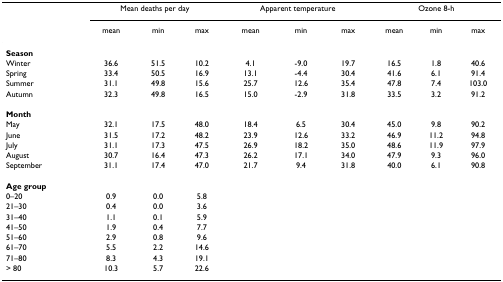
<table><thead><tr><td></td><td colspan="3"><b>Mean deaths per day</b></td><td colspan="3"><b>Apparent temperature</b></td><td colspan="3"><b>Ozone 8-h</b></td></tr><tr><td></td><td><b>mean</b></td><td><b>min</b></td><td><b>max</b></td><td><b>mean</b></td><td><b>min</b></td><td><b>max</b></td><td><b>mean</b></td><td><b>min</b></td><td><b>max</b></td></tr></thead><tbody><tr><td><b>Season</b></td><td></td><td></td><td></td><td></td><td></td><td></td><td></td><td></td><td></td></tr><tr><td>Winter</td><td>36.6</td><td>51.5</td><td>10.2</td><td>4.1</td><td>-9.0</td><td>19.7</td><td>16.5</td><td>1.8</td><td>40.6</td></tr><tr><td>Spring</td><td>33.4</td><td>50.5</td><td>16.9</td><td>13.1</td><td>-4.4</td><td>30.4</td><td>41.6</td><td>6.1</td><td>91.4</td></tr><tr><td>Summer</td><td>31.1</td><td>49.8</td><td>15.6</td><td>25.7</td><td>12.6</td><td>35.4</td><td>47.8</td><td>7.4</td><td>103.0</td></tr><tr><td>Autumn</td><td>32.3</td><td>49.8</td><td>16.5</td><td>15.0</td><td>-2.9</td><td>31.8</td><td>33.5</td><td>3.2</td><td>91.2</td></tr><tr><td><b>Month</b></td><td></td><td></td><td></td><td></td><td></td><td></td><td></td><td></td><td></td></tr><tr><td>May</td><td>32.1</td><td>17.5</td><td>48.0</td><td>18.4</td><td>6.5</td><td>30.4</td><td>45.0</td><td>9.8</td><td>90.2</td></tr><tr><td>June</td><td>31.5</td><td>17.2</td><td>48.2</td><td>23.9</td><td>12.6</td><td>33.2</td><td>46.9</td><td>11.2</td><td>94.8</td></tr><tr><td>July</td><td>31.1</td><td>17.3</td><td>47.5</td><td>26.9</td><td>18.2</td><td>35.0</td><td>48.6</td><td>11.9</td><td>97.9</td></tr><tr><td>August</td><td>30.7</td><td>16.4</td><td>47.3</td><td>26.2</td><td>17.1</td><td>34.0</td><td>47.9</td><td>9.3</td><td>96.0</td></tr><tr><td>September</td><td>31.1</td><td>17.4</td><td>47.0</td><td>21.7</td><td>9.4</td><td>31.8</td><td>40.0</td><td>6.1</td><td>90.8</td></tr><tr><td><b>Age group</b></td><td></td><td></td><td></td><td></td><td></td><td></td><td></td><td></td><td></td></tr><tr><td>0–20</td><td>0.9</td><td>0.0</td><td>5.8</td><td></td><td></td><td></td><td></td><td></td><td></td></tr><tr><td>21–30</td><td>0.4</td><td>0.0</td><td>3.6</td><td></td><td></td><td></td><td></td><td></td><td></td></tr><tr><td>31–40</td><td>1.1</td><td>0.1</td><td>5.9</td><td></td><td></td><td></td><td></td><td></td><td></td></tr><tr><td>41–50</td><td>1.9</td><td>0.4</td><td>7.7</td><td></td><td></td><td></td><td></td><td></td><td></td></tr><tr><td>51–60</td><td>2.9</td><td>0.8</td><td>9.6</td><td></td><td></td><td></td><td></td><td></td><td></td></tr><tr><td>61–70</td><td>5.5</td><td>2.2</td><td>14.6</td><td></td><td></td><td></td><td></td><td></td><td></td></tr><tr><td>71–80</td><td>8.3</td><td>4.3</td><td>19.1</td><td></td><td></td><td></td><td></td><td></td><td></td></tr><tr><td>&gt; 80</td><td>10.3</td><td>5.7</td><td>22.6</td><td></td><td></td><td></td><td></td><td></td><td></td></tr></tbody></table>